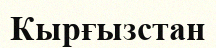
Кырғызстан